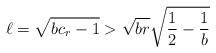
LaTeX: \begin{align*}\ell = \sqrt{bc_r-1} > \sqrt{br}\sqrt{\frac{1}{2}-\frac{1}{b}}\end{align*}